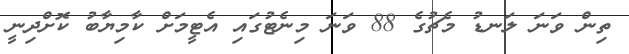
ތިން ވަނަ ލަނޑު މެޗުގެ 88 ވަނަ މިނެޓުގައި އެޓީމަށް ކާމިޔާބު ކޮށްދިނީ